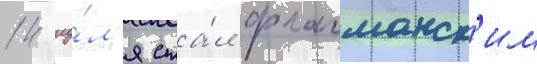
14 иу́л'я ста́л флагманск'им